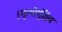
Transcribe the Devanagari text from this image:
।मृत्योर्मुक्षिय